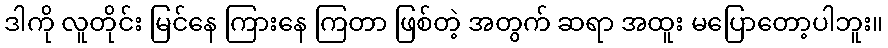
ဒါကို လူတိုင်း မြင်နေ ကြားနေ ကြတာ ဖြစ်တဲ့ အတွက် ဆရာ အထူး မပြောတော့ပါဘူး။